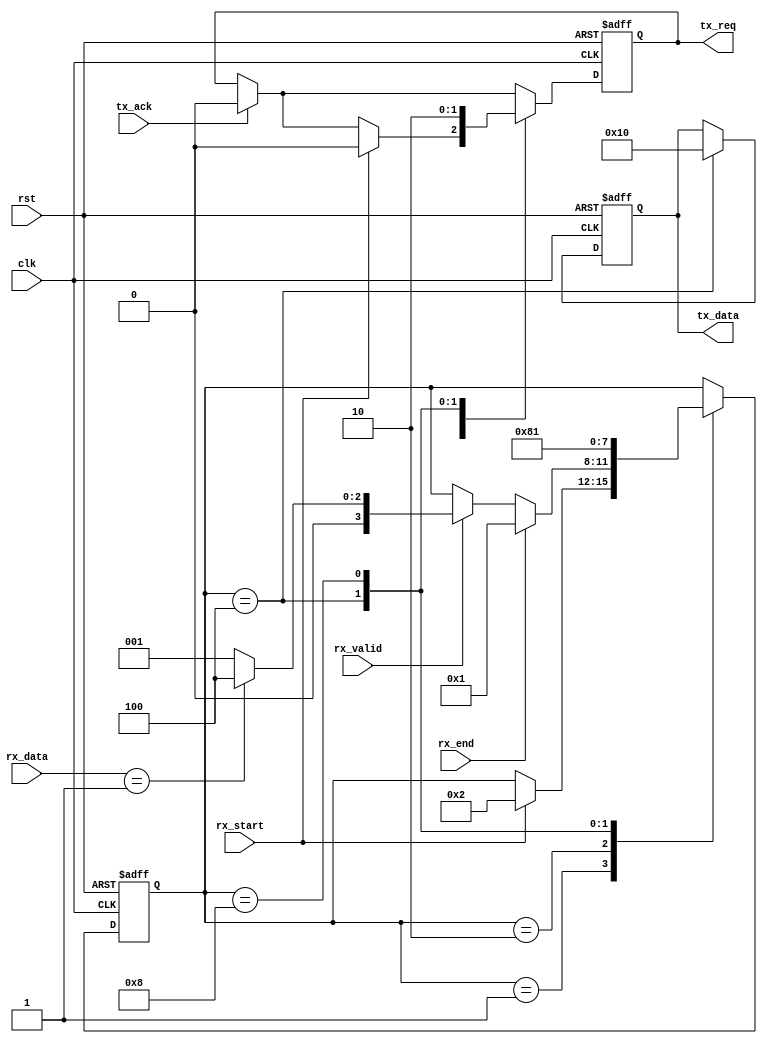
`timescale 1ns / 1ps
//////////////////////////////////////////////////////////////////////////////////
// Company: 
// Engineer: 
// 
// Design Name: 
// Module Name:    spi_cmd 
// Project Name: 
// Target Devices: 
// Tool versions: 
// Description: 
//
// Dependencies: 
//
// Revision: 
// Revision 0.01 - File Created
// Additional Comments: 
//
//////////////////////////////////////////////////////////////////////////////////
module spi_cmd #(
	parameter		BUS_DATA_WIDTH				        =	8
   )(
	input                                                   clk,
	input													rst,
	input			[BUS_DATA_WIDTH-1:0]        			rx_data,
	input													rx_valid,
	input													rx_start,
	input													rx_end,
	
	input													tx_ack,
	output	reg	    [BUS_DATA_WIDTH-1:0]        			tx_data,
	output	reg									        	tx_req
	);
	
	reg				[3:0]								    cmd_state;
	
	localparam		REV_START					        =	4'b0001;
	localparam		WRITE_REG					        =	4'b0010;
	localparam		TRANS_VERSION				        =	4'b0100;
	localparam		REV_END						        =	4'b1000;
	
	localparam		READ_FPGA_VERSION			        =	8'h01;
	localparam		FPGA_VERSION				        =	8'h10;
	

	always @(posedge clk or posedge rst)
	begin
		if(rst) begin
			tx_data		<=	8'h00;
			tx_req		<=  1'b0;
			cmd_state	<=	REV_START;
		end
		else begin
			if(tx_ack) begin
				tx_req	<=	1'b0;
			end
			case(cmd_state)
				REV_START : begin
					if(rx_start) begin
						cmd_state	<=	WRITE_REG;
						tx_req		<=	1'b0;
					end
				end
				WRITE_REG : begin
					if(rx_end) begin
						cmd_state	<=	REV_START;
					end
					else if(rx_valid) begin
						case(rx_data)
							READ_FPGA_VERSION : begin
								cmd_state	<=	TRANS_VERSION;
							end
							default:
							    cmd_state   <=   REV_START;
						endcase
					end
				end
				TRANS_VERSION : begin
					tx_data	    <=	FPGA_VERSION;
					tx_req	    <=	1'b1;
					cmd_state	<=	REV_END;
				end
				REV_END : begin
					tx_req	    <=	1'b0;
					cmd_state	<=	REV_START;
				end
			endcase
		end
	end
endmodule